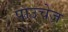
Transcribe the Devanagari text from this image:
पाउचेज़